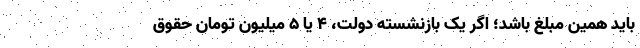
باید همین مبلغ باشد؛ اگر یک بازنشسته دولت، ۴ یا ۵ میلیون تومان حقوق